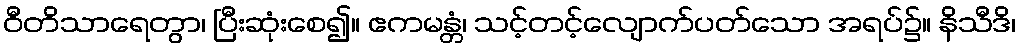
ဝီတိသာရေတွာ၊ ပြီးဆုံးစေ၍။ ဧကမန္တံ၊ သင့်တင့်လျောက်ပတ်သော အရပ်၌။ နိသီဒိ၊